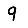
Digit: 9